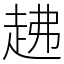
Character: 䞞